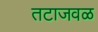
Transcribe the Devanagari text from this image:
तटाजवळ